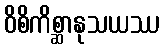
ဝိစိကိစ္ဆာနုသယဿ